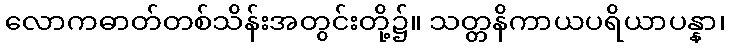
လောကဓာတ်တစ်သိန်းအတွင်းတို့၌။ သတ္တနိကာယပရိယာပန္နာ၊